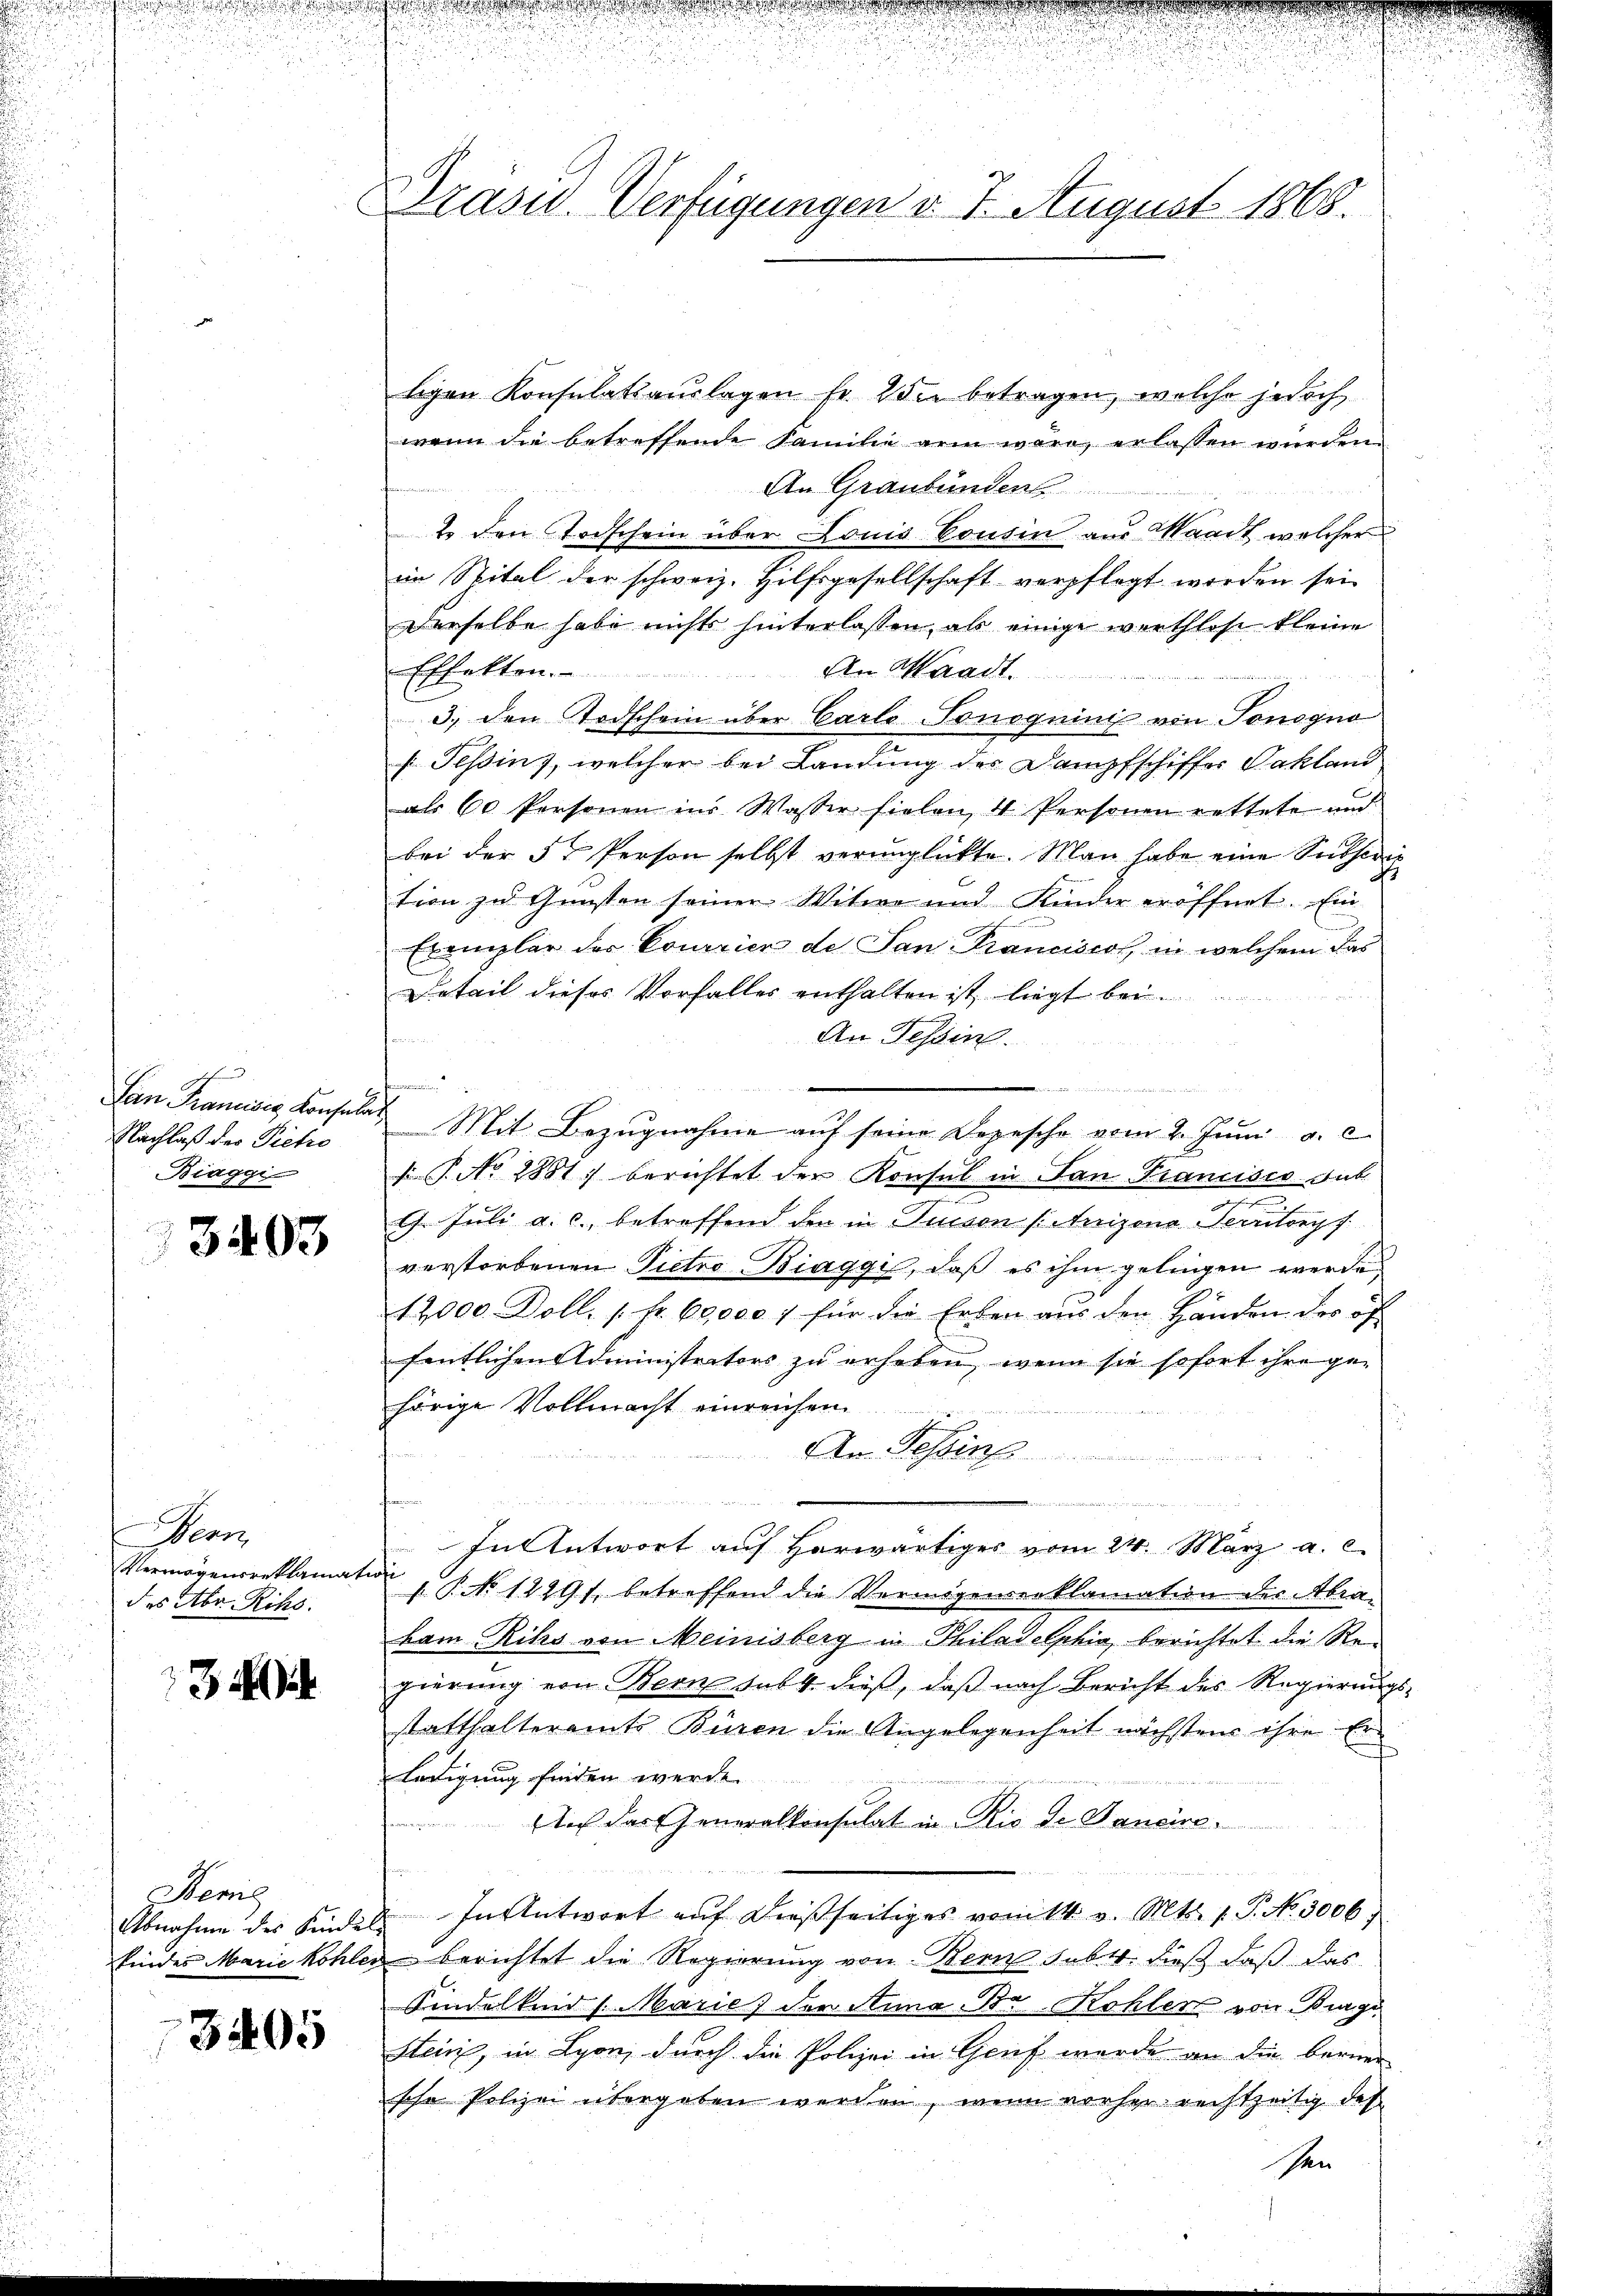
sch
Lan Krancises Konsula
Nachlaß der Pietro
Biaggi

3403

Bean
Vermögensreklamat
des Abr. Rihs.

3

Bevil
Abnahme des Kindes
findes Marie Kohle

3405

Präsid. Verfügungen d. 7. August 1868.

ligen Konsulatsauslagen fr. 2 die betragen, welche jedoch
wenn die betreffende Familie arm wäre, erlassen würden.
An Graubünden
2. den Todschein über Louis Consen aus Waadt, welcher
im Spital der schweiz. Hilfsgesellschaft verpflegt worden sei
Derselbe habe nichts hinterlassen, als einige werthlose kleine
Effekten. An Waadt
u
3.) den Todschein über Carlo-Tonoguini von Tonogno
f. Tessin, welcher bei Landung der Dampfschiffer Vakland
als 60 Personen ins Wasser fielen, 4 Personen rettete und
bei der 5 Person selbst verunglückte. Man habe eine Subscri
No
tion zu Gunsten seiner Witwe und Kinder eröffnet. Ein
Exemplar der Courier de San Franciscos, in welchem das
Detail dieses Vorfalles enthalten ist, liegt bei
An Tessin.
 Mit Bezugnahme auf seine Depesche vom 2. Juni a. c.
s P. No. 2881) berichtet der Konsul in San Francisco sub.
9. Juli a. c. betreffend den in Tisson (Inizona Territopf
verstorbenen Pietro Biaggi, daß es ihm gelingen werde
12000 Doll. / kr. 60000 f für die Erben aus den Handen der öf
fentlichen Administrators zu erheben, wenn sie sofort ihre gehörige Vollmacht einreichen.
An Tessins
d
In Antwort auf Horwärtiges vom 24. März a. c.
ofi
s P. No 12491. betreffend die Vermögenserklamation der Abrabam Rihs von Meinisberg in Philadelphia berichtet die Rei
gierung von Berne sub 4. dieß, daß nach Bericht des Regierungsstatthalteramts Büren die Angelegenheit nächstens ihre Erledigung finden werde.
An das Generalkonsulat in Rio de Janeine
d. In Antwort auf dießseitiges vom 1t v. Mts. 1. P. Nr. 3006
in berichtet die Regierung von Bern subtr. dieß daß das
Kindelkind /: Marie der Anna Br. Kohler von Burge
Stein, in Lyon, durch die Polizei in Genf wurde an die bernen
sche Polizei übergeben werden, wenn vorher rechtzeitig des
schen